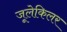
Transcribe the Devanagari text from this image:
जूलेकिलर